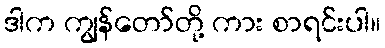
ဒါက ကျွန်တော်တို့ ကား စာရင်းပါ။